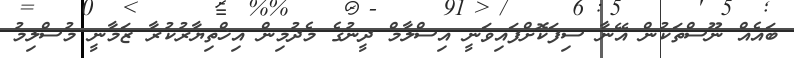
ބައެއް ނޫސްތަކުން އޭނާ ސިފަކޮށްފައިވަނީ އިސްލާމް ދީނުގެ މެދުމިން އިޚްތިޔާރުކުރާ ޒަމާނީ މުސްލިމު